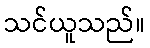
သင်ယူသည်။